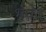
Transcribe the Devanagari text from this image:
भवेद